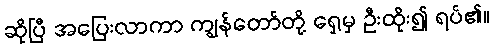
ဆိုပြီ အပြေးလာကာ ကျွန်တော်တို့ ရှေ့မှ ဦးထိုး၍ ရပ်၏။